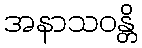
အနာသဝန္တိ